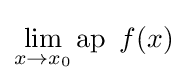
\lim _{x\rightarrow x_{0}}\operatorname {ap} \ f(x)